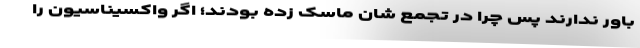
باور ندارند پس چرا در تجمع شان ماسک زده بودند؛ اگر واکسیناسیون را